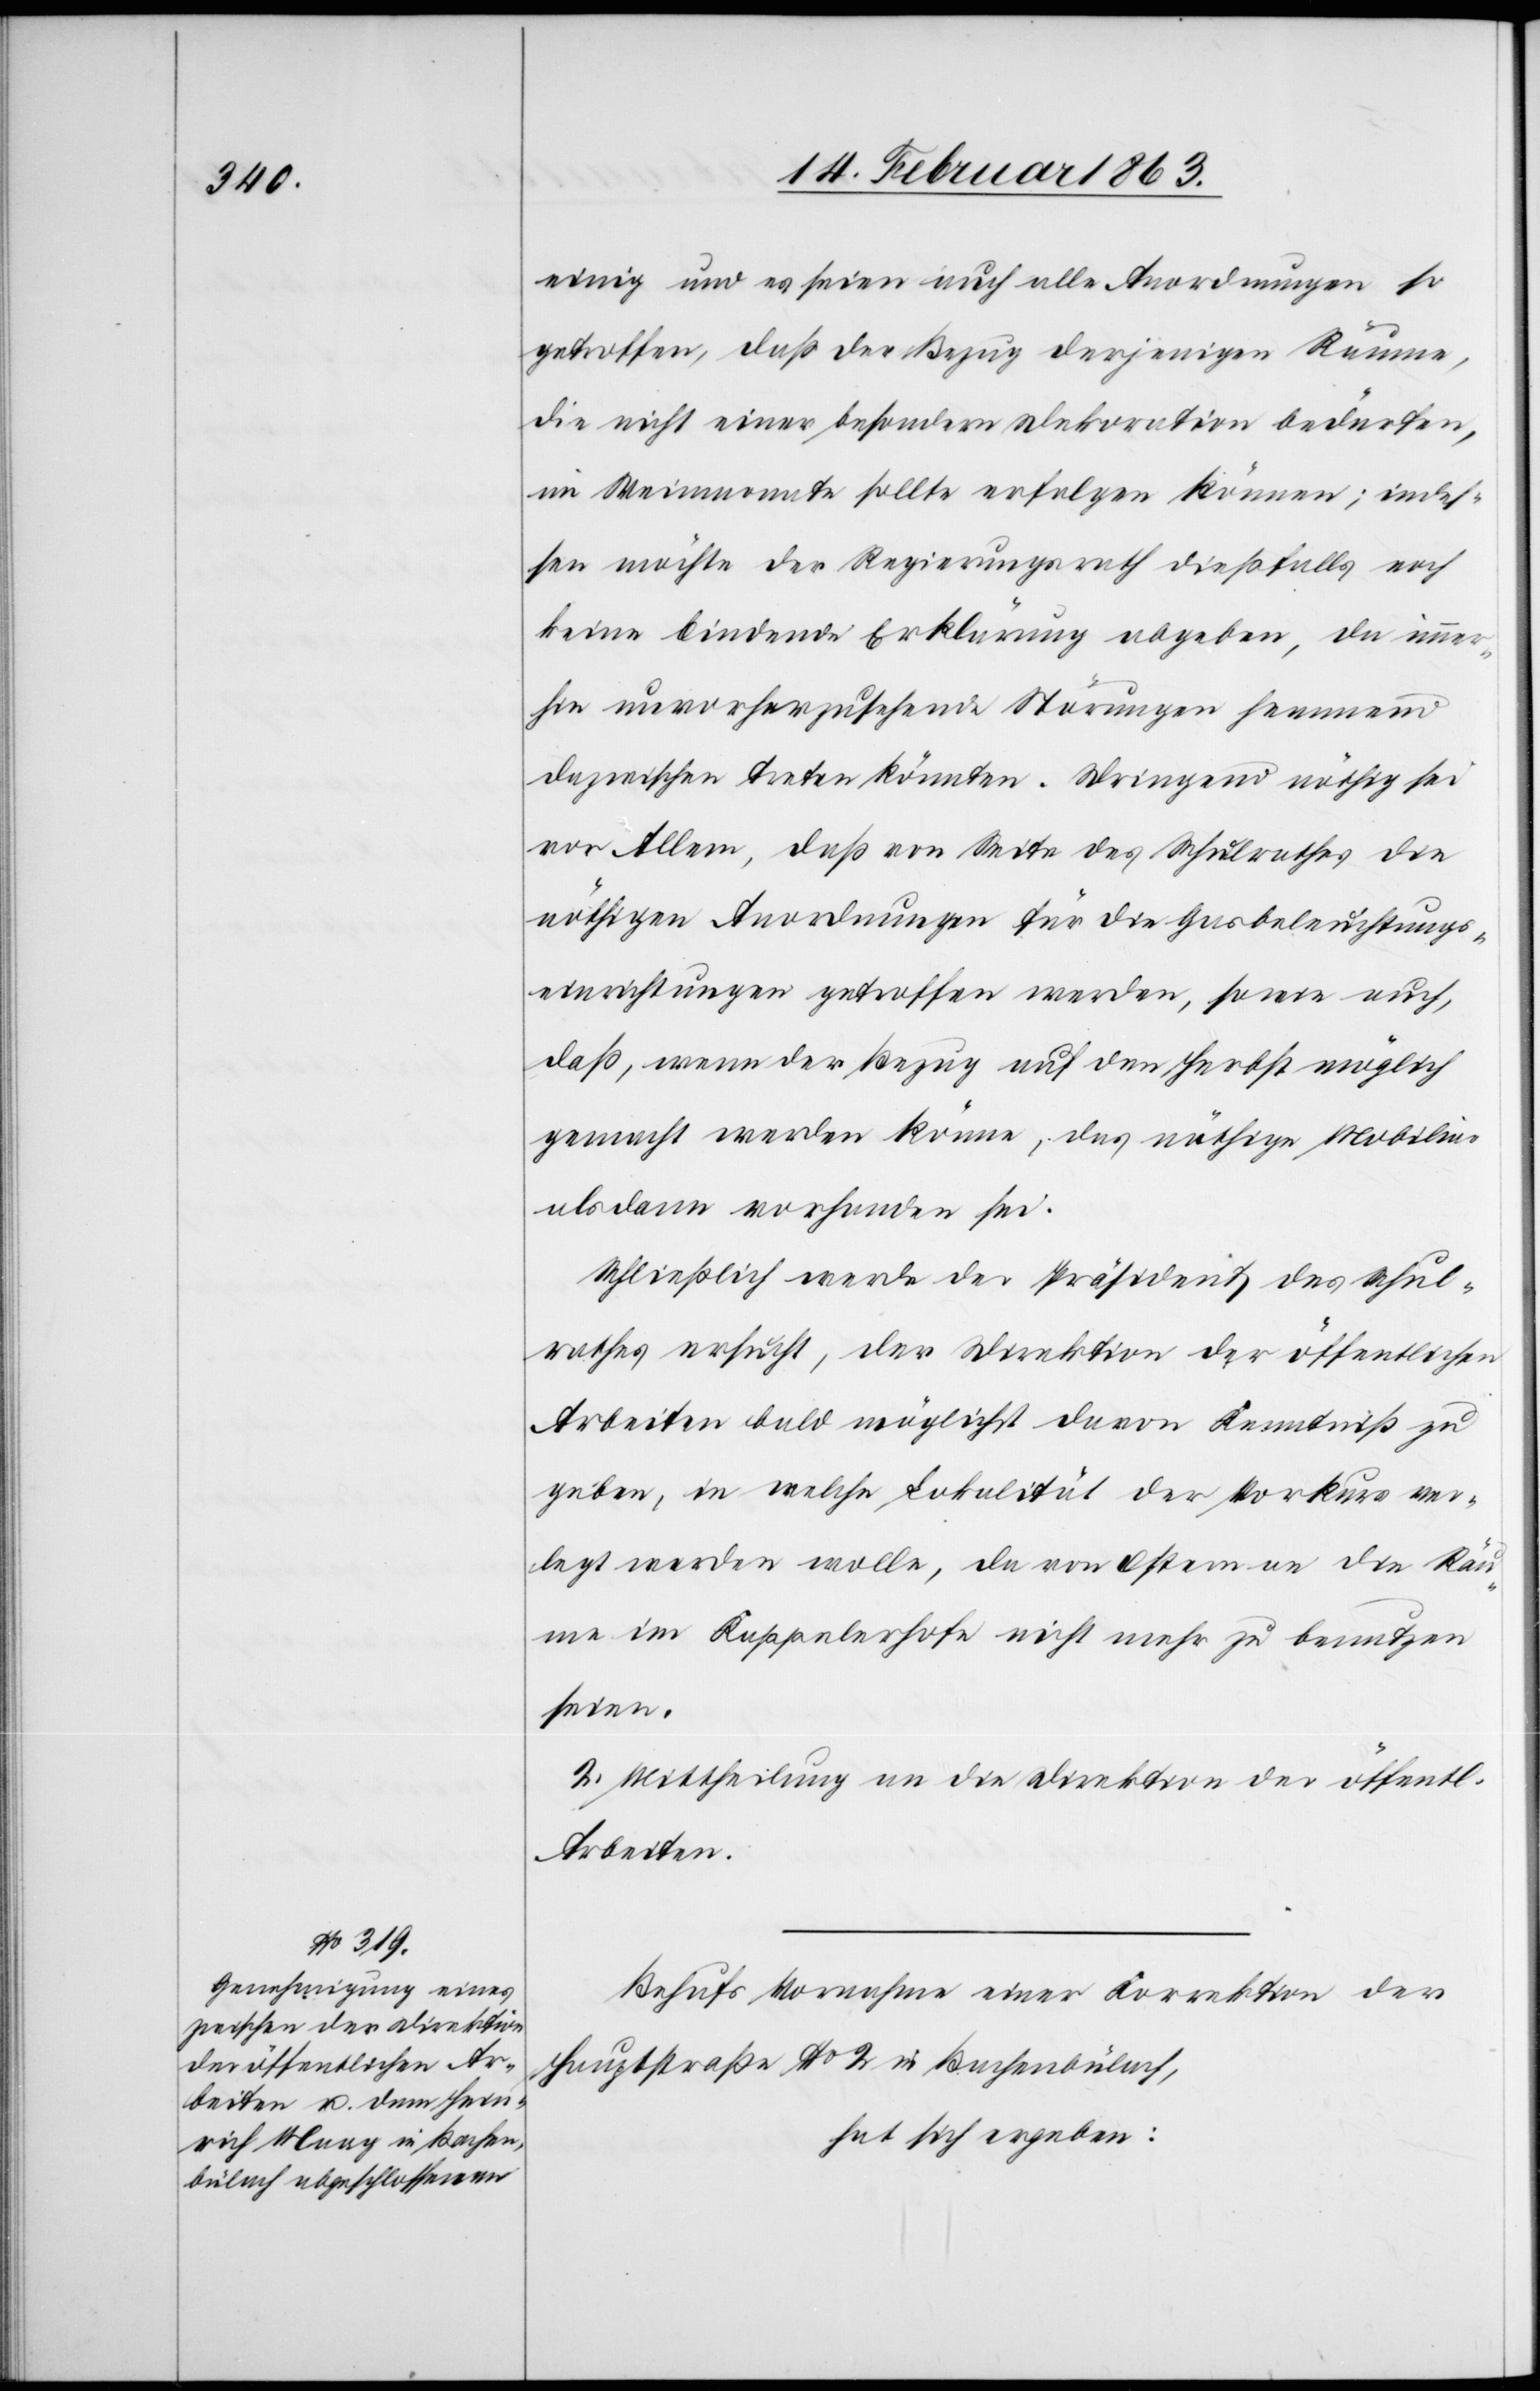
einig und es seien auch alle Anordnungen so
getroffen, daß der Bezug derjenigen Räume,
die nicht einer besondern Dekoration bedürfen,
im Weinmonate sollte erfolgen können; indes¬
sen möchte der Regierungsrath dießfalls noch
keine bindende Erklärung abgeben, da immer¬
hin unvorherzusehende Störungen hemmend
dazwischen treten könnten. Dringend nöthig sei
vor Allem, daß von Seite des Schulrathes die
nöthigen Anordnungen für die Gasbeleuchtungs¬
einrichtungen getroffen werden, sowie auch,
daß, wenn der Bezug auf den Herbst möglich
gemacht werden könne, das nöthige Mobiliar
alsdann vorhanden sei.
Schließlich werde der Präsident des Schul¬
rathes ersucht, der Direktion der öffentlichen
Arbeiten bald möglichst davon Kenntniß zu
geben, in welche Lokalität der Vorkurs ver¬
legt werden wolle, da von Ostern an die Räu¬
me im Kappelerhofe nicht mehr zu benutzen
seien.
2. Mittheilung an die Direktion der öffentl.
Arbeiten.
Behufs Vornahme einer Korrektion der
Hauptstraße No 2 in Bachenbülach,
hat sich ergeben: